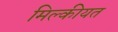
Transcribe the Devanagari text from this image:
मिल्कीयत